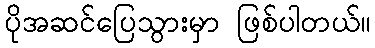
ပိုအဆင်ပြေသွားမှာ ဖြစ်ပါတယ်။